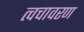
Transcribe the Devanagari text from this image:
त्वचावरण